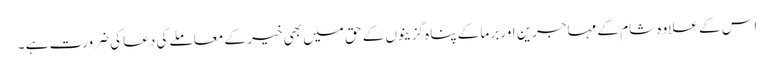
اس کے علاوہ شام کے مہاجرین اور برما کے پناہ گزینوں کے حق میں بھی خیر کے معاملے کی دعا کی ضرورت ہے ۔